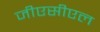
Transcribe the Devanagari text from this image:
जीएसीएल